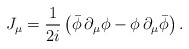
\begin{align*}J_{\mu }=\frac{1}{2i}\left( \bar{\phi}\,\partial _{\mu }\phi -\phi\,\partial _{\mu }\bar{\phi}\right).\end{align*}